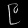
Digit: ၉